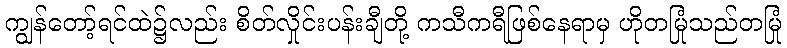
ကျွန်တော့်ရင်ထဲ၌လည်း စိတ်လှိုင်းပန်းချီတို့ ကသီကရီဖြစ်နေရာမှ ဟိုတမြုံသည်တမြုံ